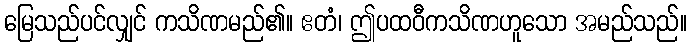
မြေသည်ပင်လျှင် ကသိဏမည်၏။ ဧတံ၊ ဤပထဝီကသိဏဟူသော အမည်သည်။